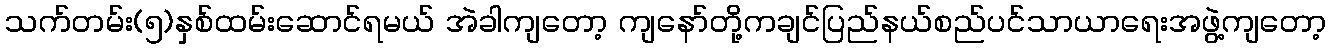
သက်တမ်း(၅)နှစ်ထမ်းဆောင်ရမယ် အဲခါကျတော့ ကျနော်တို့ကချင်ပြည်နယ်စည်ပင်သာယာရေးအဖွဲ့ကျတော့